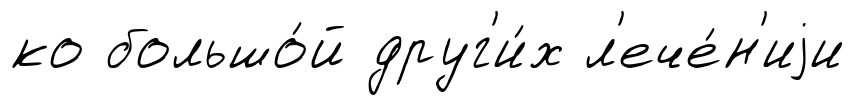
ко большо́й друг'и́х л'ече́н'иjи